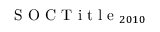
\mathrm { ~ S ~ O ~ C ~ T ~ i ~ t ~ l ~ e ~ } _ { 2 0 1 0 }